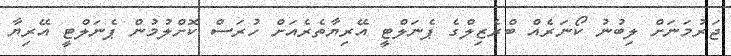
ޖަރުމަނަށް ލިބުނު ކޯނަރެއް ބްރެޒިލްގެ ޕެނަލްޓީ އޭރިޔާތެރެއަށް ހުރަސް ކޮށްލުމުން ޕެނަލްޓީ އޭރިޔާ